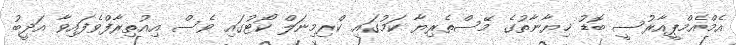
އެމްއެމްޕީއާރުސީ ބޮޑު ޚިޔާނާތުގެ މޭސްތެރިޔާ ކަމުގައި ކްރިމިނަލް ކޯޓުގައި ވެސް އިއުތިރާފްވެފައިވާ އަދީބު